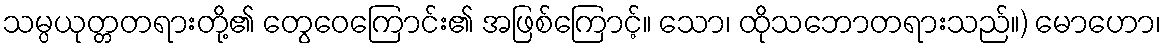
သမ္ပယုတ္တတရားတို့၏ တွေဝေကြောင်း၏ အဖြစ်ကြောင့်။ သော၊ ထိုသဘောတရားသည်။) မောဟော၊